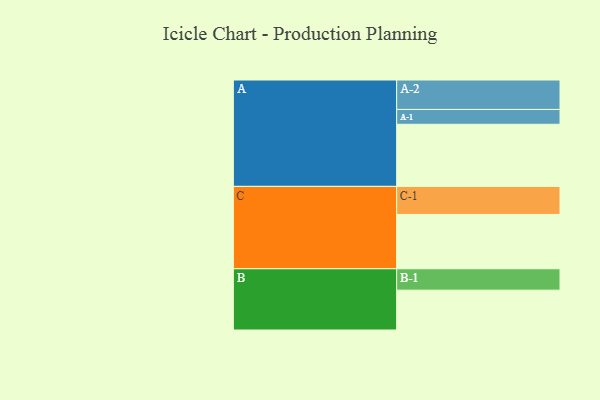
{"axis": {"x": "Segment", "y": "Value"}, "legend": ["", "A", "B", "C"], "data": [{"x": "A", "y": 502, "type": ""}, {"x": "B", "y": 322, "type": ""}, {"x": "C", "y": 439, "type": ""}, {"x": "A-1", "y": 120, "type": "A"}, {"x": "A-2", "y": 238, "type": "A"}, {"x": "B-1", "y": 173, "type": "B"}, {"x": "C-1", "y": 227, "type": "C"}]}